DOW-UAP-D48, Department of the Air Force Report, 1996
Agency: Department of War
Incident date: 9/10/96
Page 112
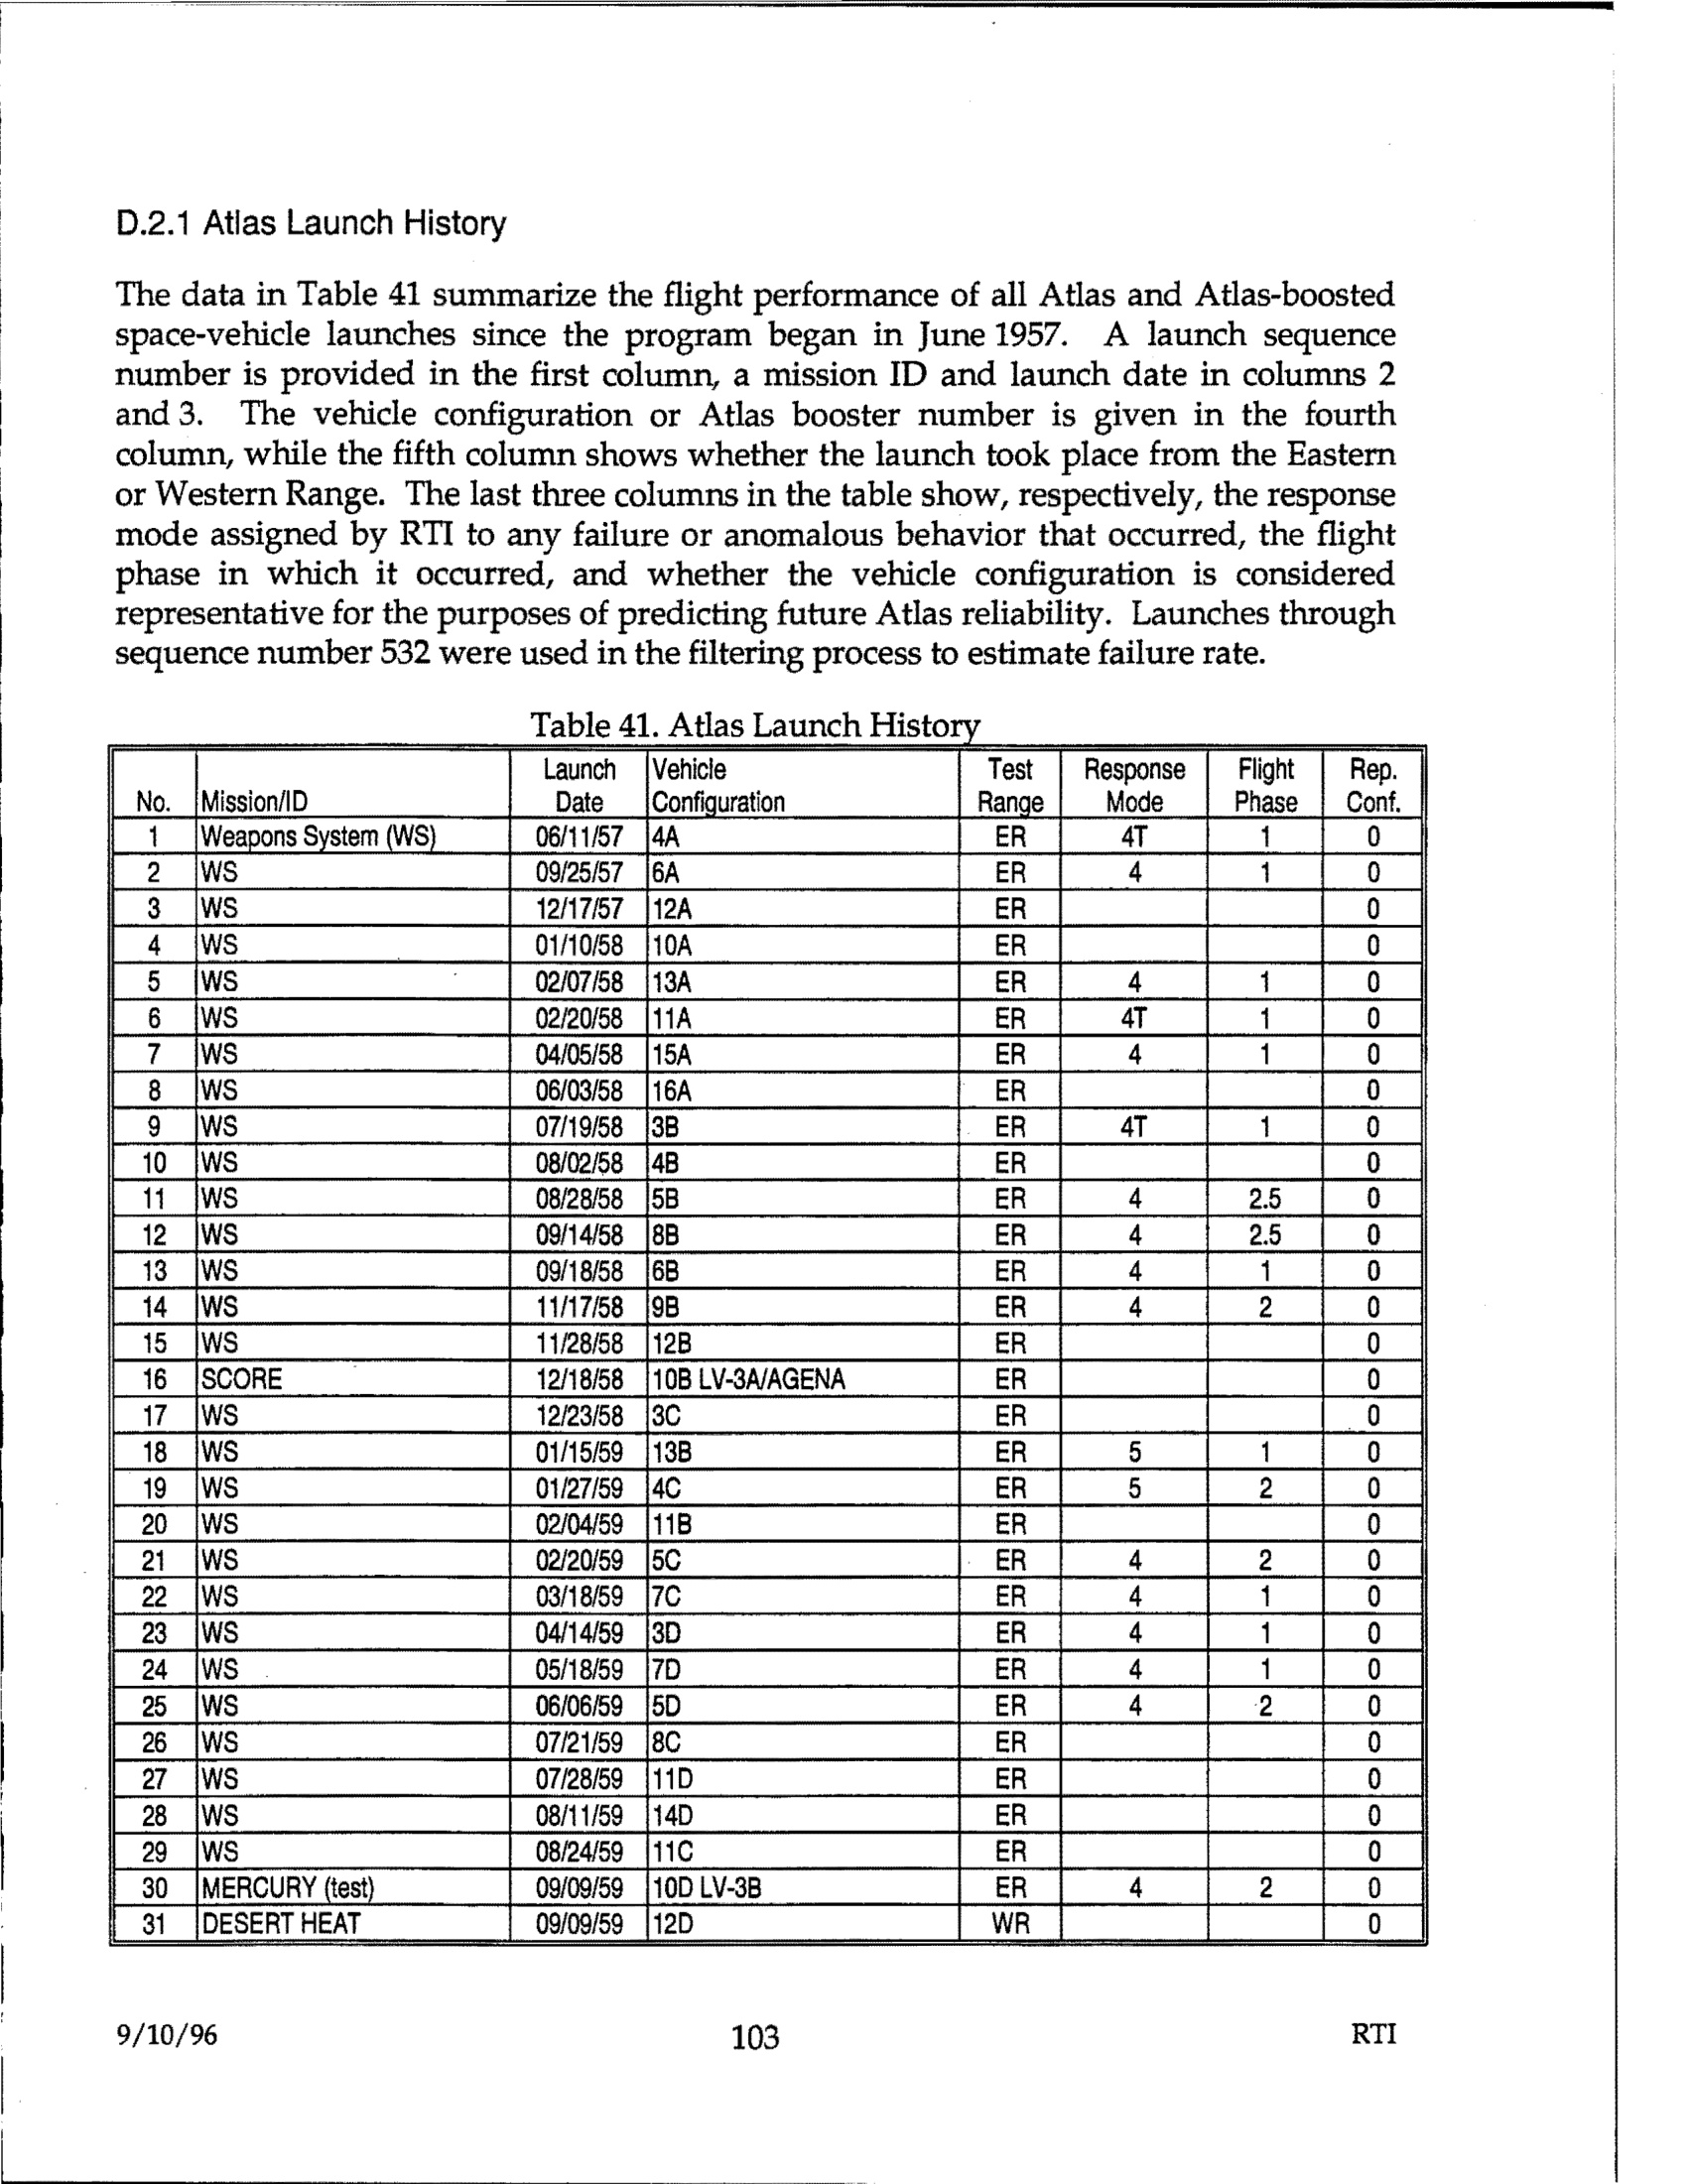